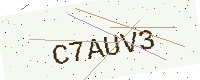
Text: C7AUV3